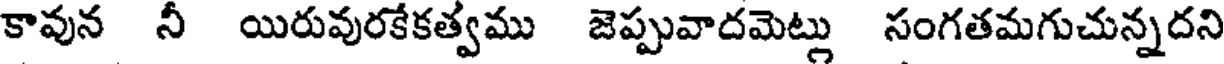
కావున నీ యిరువురకేకత్వము జెప్పువాదమెట్లు సంగతమగుచున్నదని